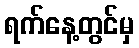
ရက်နေ့တွင်မှ